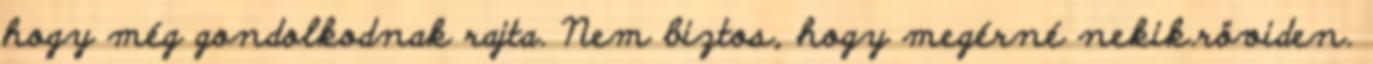
hogy még gondolkodnak rajta. Nem biztos, hogy megérné nekik.röviden.